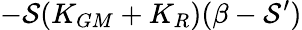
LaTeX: -{\cal S}(K_{GM}+K_{R})(\beta-{\cal S}^{\prime})